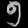
Digit: ၅